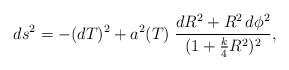
LaTeX: \begin{align*}ds^2=-(dT)^2+a^2(T)\;\frac{dR^2+R^2 \,d\phi^2}{(1+\frac{k}{4}R^2)^2},\end{align*}